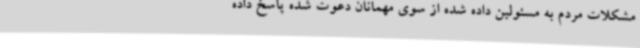
مشکلات مردم به مسئولین داده شده از سوی مهمانان دعوت شده پاسخ داده